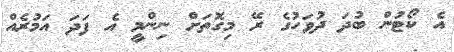
އެ ކޯޓުން ބުދަ ދުވަހުގެ ރޭ މިގޮތަށް ނިންމީ އެ ފަދަ އަމުރެއް